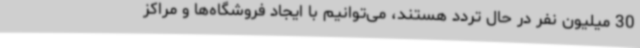
30 میلیون نفر در حال تردد هستند، می‌توانیم با ایجاد فروشگاه‌ها و مراکز